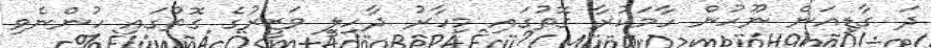
ދަ ގާޑިއަން ނޫހުން ހާމަކުރާ ގޮތުގައި މިހާރު ދާހިލީ ވަޒީރުގެ ގޮތުގައި ހުންނެވި